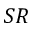
S R